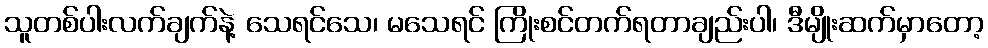
သူတစ်ပါးလက်ချက်နဲ့ သေရင်သေ၊ မသေရင် ကြိုးစင်တက်ရတာချည်းပါ၊ ဒီမျိုးဆက်မှာတော့